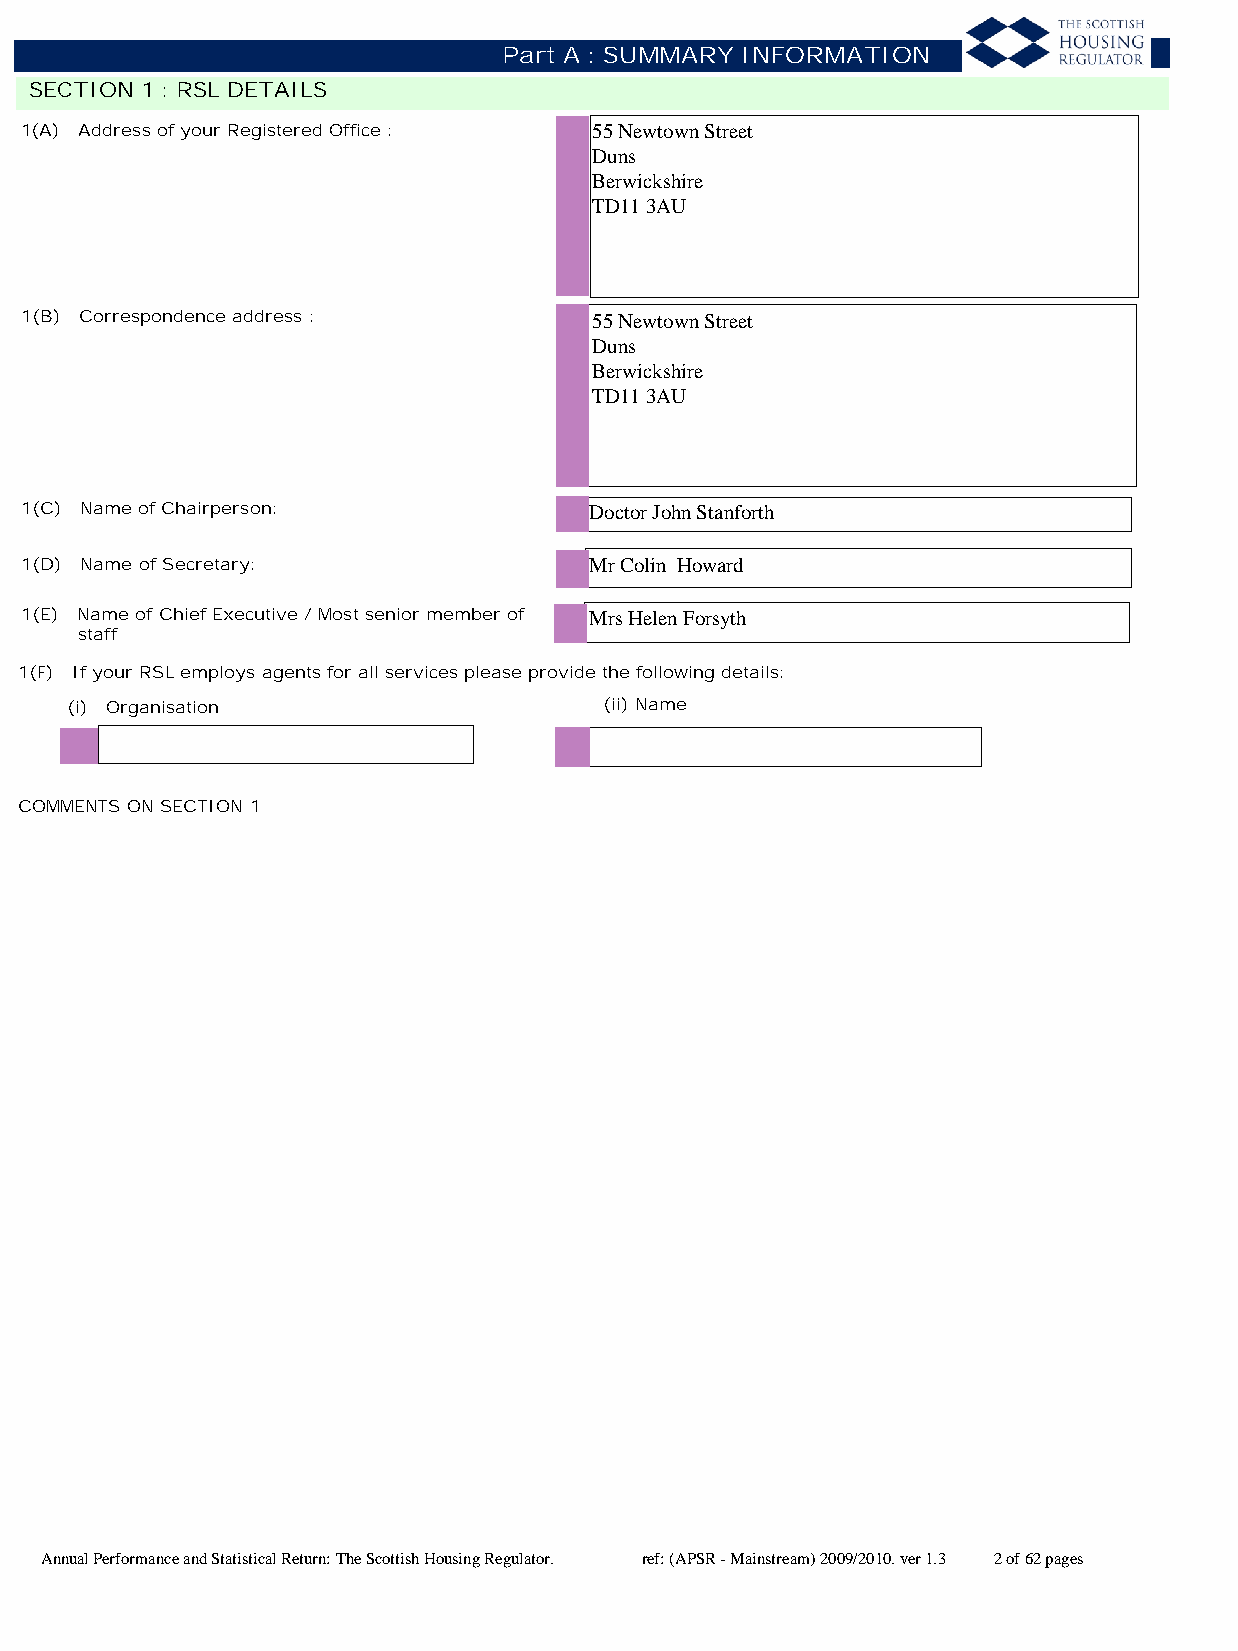
Part A : SUMMARY INFORMATION
 SECTION 1 : RSL DETAILS
 1(A) Address of your Registered Office : 55 Newtown Street
 Duns
 Berwickshire
 TD11 3AU
 1(B) Correspondence address :         55 Newtown Street
 Duns
 Berwickshire
 TD11 3AU
 1(C) Name of Chairperson:             Doctor John Stanforth
 1(D) Name of Secretary:               Mr Colin Howard
 1(E) Name of Chief Executive / Most senior member of Mrs Helen Forsyth
 staff
 1(F) If your RSL employs agents for all services please provide the following details:
 (i) Organisation                    (ii) Name
 COMMENTS ON SECTION 1
 Annual Performance and Statistical Return: The Scottish Housing Regulator. ref: (APSR - Mainstream) 2009/2010. ver 1.3 2 of 62 pages